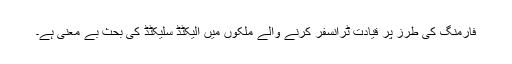
فارمنگ کی طرز پر قیادت ٹرانسفر کرنے والے ملکوں میں الیکٹڈ سلیکٹڈ کی بحث بے معنی ہے۔